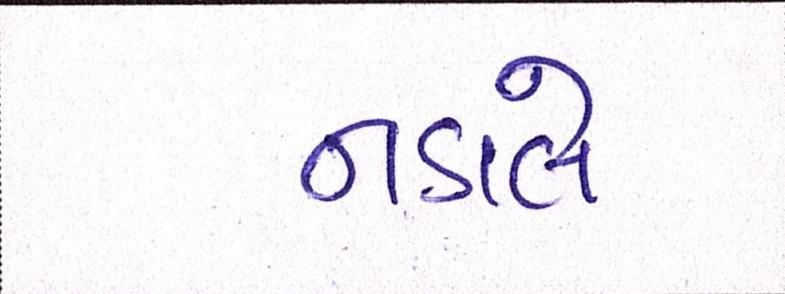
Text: નડાલે